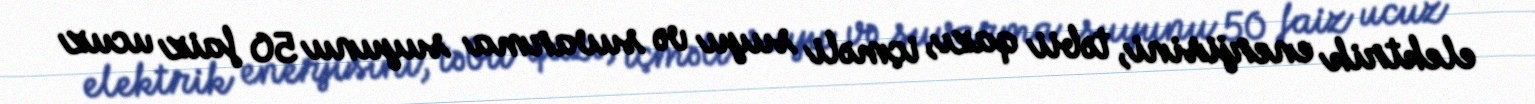
elektrik enerjisini, təbii qazı, içməli suyu və suvarma suyunu 50 faiz ucuz